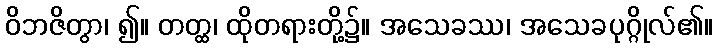
ဝိဘဇိတွာ၊ ၍။ တတ္ထ၊ ထိုတရားတို့၌။ အသေခဿ၊ အသေခပုဂ္ဂိုလ်၏။